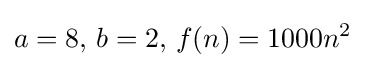
a=8,\,b=2,\,f(n)=1000n^{2}